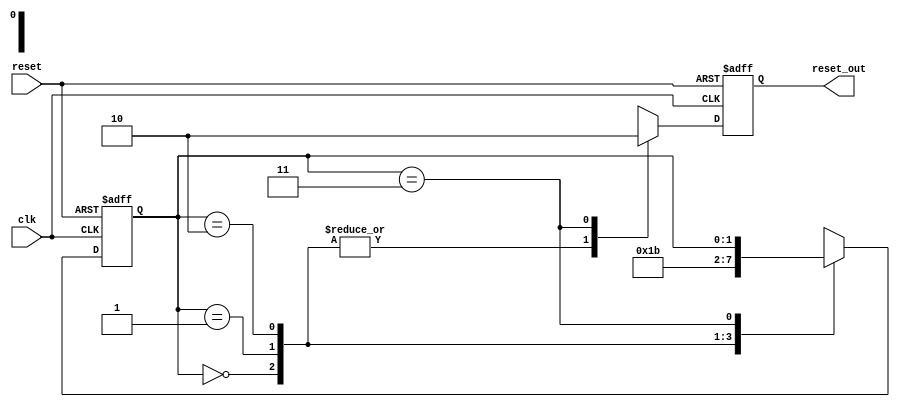
module resetmanager(clk, reset, reset_out);

	input clk, reset;
	output reset_out;
	
	reg reset_out;
	reg[1:0] reset_count;
	
	always @(posedge clk or posedge reset) begin
		
		if(reset) begin
			reset_out = 1;
			reset_count = 2'b00;
		end
		else begin
			case(reset_count)
				2'b00: begin
						reset_out = 1;
						reset_count = 2'b01;
				end
				2'b01: begin
						reset_out = 1;
						reset_count = 2'b10;
				end
				2'b10: begin
						reset_out = 1;
						reset_count = 2'b11;
				end
				2'b11: begin
						reset_out = 0;
				end
			endcase
		end
	end
endmodule